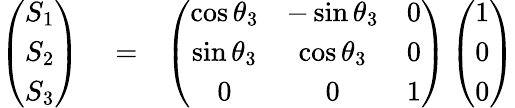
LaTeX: \begin{array}{rlr}{\left(\begin{array}{c}{S_{1}}\\ {S_{2}}\\ {S_{3}}\end{array}\right)}&{{}=}&{\left(\begin{array}{ccc}{\cos\theta_{3}}&{-\sin\theta_{3}}&{0}\\ {\sin\theta_{3}}&{\cos\theta_{3}}&{0}\\ {0}&{0}&{1}\end{array}\right)\left(\begin{array}{c}{1}\\ {0}\\ {0}\end{array}\right)}\end{array}